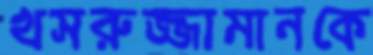
খসরুজ্জামানকে